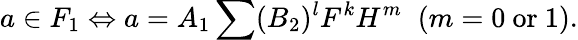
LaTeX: a\in F_{1}\Leftrightarrow a=A_{1}\sum(B_{2})^{l}F^{k}H^{m}\; \; (m=0\mathrm{~or~}1).